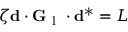
\zeta \mathbf { d } \cdot \mathbf { G } _ { \mathrm { ~ l ~ } } \cdot \mathbf { d } ^ { * } = L